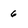
Character: 6